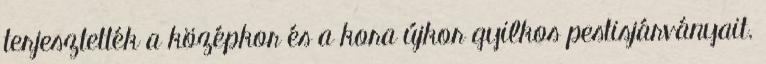
terjesztették a középkor és a kora újkor gyilkos pestisjárványait.